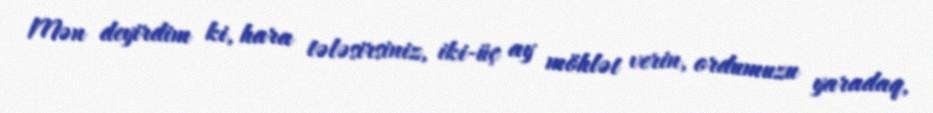
Mən deyirdim ki, hara tələsirsiniz, iki-üç ay möhlət verin, ordumuzu yaradaq,